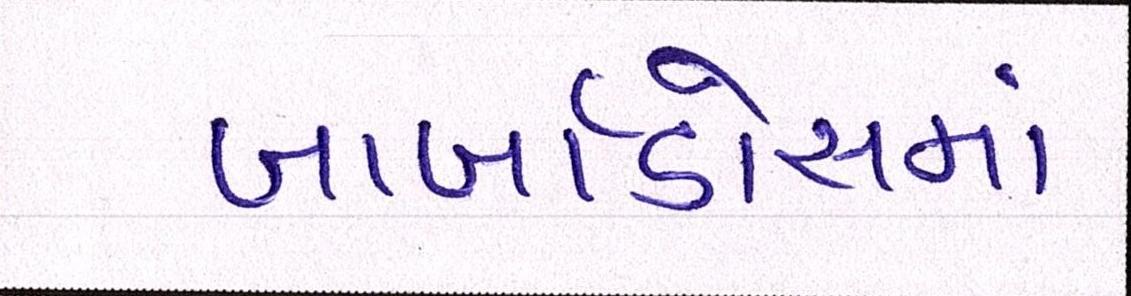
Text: બાર્બાડોસમાં